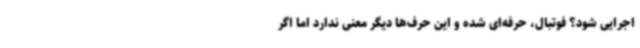
اجرایی شود؟ فوتبال، حرفه‌ای شده و این حرف‌ها دیگر معنی ندارد اما اگر